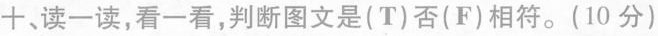
+,读一读,看一看,判断图文是(T)否(F)相符.(10 分)